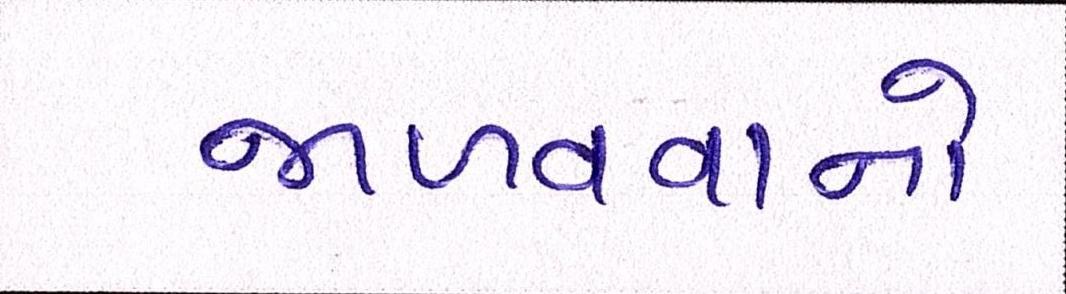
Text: જાળવવાનો